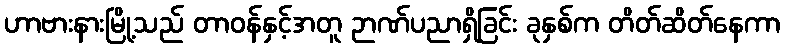
ဟာဗားနားမြို့သည် တာဝန်နှင့်အတူ ဉာဏ်ပညာရှိခြင်း ခုနှစ်က တိတ်ဆိတ်နေကာ